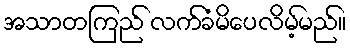
အသာတကြည် လက်ခံမိပေလိမ့်မည်။